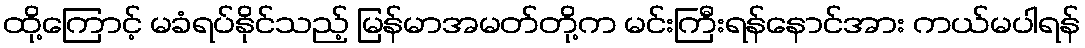
ထို့ကြောင့် မခံရပ်နိုင်သည့် မြန်မာအမတ်တို့က မင်းကြီးရန်နောင်အား ကယ်မပါရန်